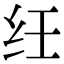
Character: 纴